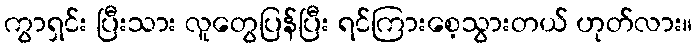
ကွာရှင်း ပြီးသား လူတွေပြန်ပြီး ရင်ကြားစေ့သွားတယ် ဟုတ်လား။